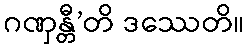
ဂဏှန္တီ’တိ ဒဿေတိ။